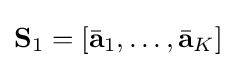
{\bf {S}}_{1}=[{\bar {\bf {a}}}_{1},\ldots ,{\bar {\bf {a}}}_{K}]